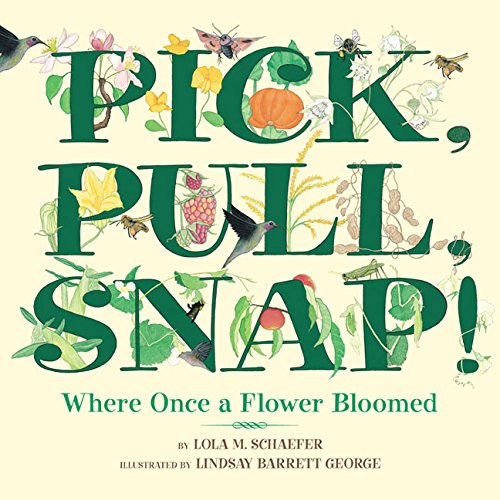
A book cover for Pick, Pull, Snap!: Where Once a Flower Bloomed; Lola M. Schaefer; Children's Books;